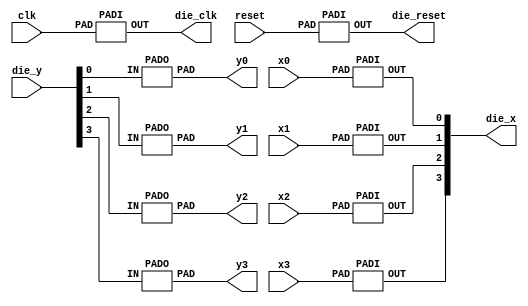
module pads(
	    input wire 	      clk,
	    input wire 	      reset,
	    input wire 	      x0,
	    input wire 	      x1,
	    input wire 	      x2,
	    input wire 	      x3,
	    output wire       y0,
	    output wire       y1,
	    output wire       y2,
	    output wire       y3,

	    output wire       die_clk,
	    output wire       die_reset,
	    output wire [3:0] die_x,
	    input wire [3:0]  die_y);

   PADI clkpad(.PAD(clk), .OUT(die_clk));
   PADI resetpad(.PAD(reset), .OUT(die_reset));

   PADI x0pad(.PAD(x0), .OUT(die_x[0]));
   PADI x1pad(.PAD(x1), .OUT(die_x[1]));
   PADI x2pad(.PAD(x2), .OUT(die_x[2]));
   PADI x3pad(.PAD(x3), .OUT(die_x[3]));

   PADO y0pad(.IN(die_y[0]), .PAD(y0));
   PADO y1pad(.IN(die_y[1]), .PAD(y1));
   PADO y2pad(.IN(die_y[2]), .PAD(y2));
   PADO y3pad(.IN(die_y[3]), .PAD(y3));

   PADCORNER ul();
   PADCORNER ur();
   PADCORNER ll();
   PADCORNER lr();

   PADVDD1 vdd1();
   PADVDD1 vdd2();
   PADVDD1 vdd3();
   PADVDD1 vdd4();

   PADVSS1 vss1();
   PADVSS1 vss2();
   PADVSS1 vss3();
   PADVSS1 vss4();
   
endmodule

module PADI(input wire PAD, output wire OUT);
   assign OUT = PAD;
endmodule 

module PADO(output wire PAD, input wire IN);
   assign PAD = IN;
endmodule 

module PADVSS1();
endmodule 

module PADVDD1();
endmodule 

module PADCORNER();
endmodule